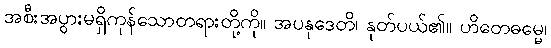
အစီးအပွားမရှိကုန်သောတရားတို့ကို။ အပနုဒေတိ၊ နုတ်ပယ်၏။ ဟိတေဓမ္မေ၊